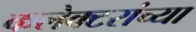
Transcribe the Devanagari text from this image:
कलेक्टरांच्या